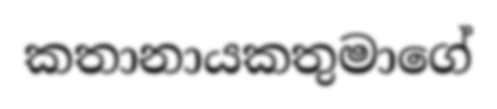
කතානායකතුමාගේ